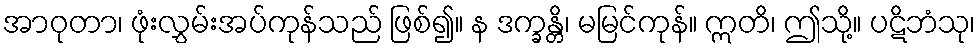
အာဝုတာ၊ ဖုံးလွှမ်းအပ်ကုန်သည် ဖြစ်၍။ န ဒက္ခန္တိ၊ မမြင်ကုန်။ ဣတိ၊ ဤသို့။ ပဋိဘံသု၊